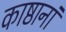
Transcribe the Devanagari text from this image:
काष्ठानां